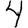
Digit: 4